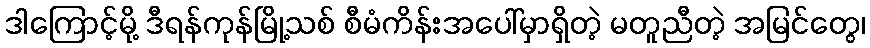
ဒါကြောင့်မို့ ဒီရန်ကုန်မြို့သစ် စီမံကိန်းအပေါ်မှာရှိတဲ့ မတူညီတဲ့ အမြင်တွေ၊